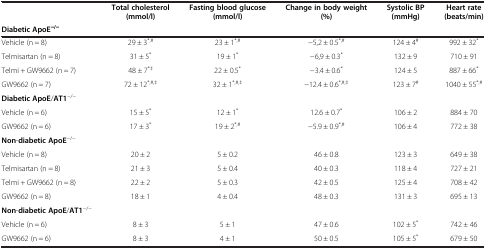
|  | Total cholesterol (mmol/l) | Fasting blood glucose (mmol/l) | Change in body weight (%) | Systolic BP (mmHg) | Heart rate (beats/min) |
 | Diabetic ApoE−/− |  |  |  |  |  |
 | --- | --- | --- | --- | --- | --- |
 | Vehicle (n = 8) | 29 ± 3*,# | 23 ± 1*,# | −5,2 ± 0.5*,# | 124 ± 4# | 992 ± 32* |
 | Telmisartan (n = 8) | 31 ± 5* | 19 ± 1* | −6,9 ± 0.3* | 132 ± 9 | 710 ± 91 |
 | Telmi + GW9662 (n = 7) | 48 ± 7*‡ | 22 ± 0.5* | −3.4 ± 0.6* | 124 ± 5 | 887 ± 66* |
 | GW9662 (n = 7) | 72 ± 12*,#,‡ | 32 ± 1*,#,‡ | −12.4 ± 0.6*,#,‡ | 123 ± 7# | 1040 ± 55*,# |
 | Diabetic ApoE/AT1−/− |  |  |  |  |  |
 | Vehicle (n = 6) | 15 ± 5* | 12 ± 1* | 12.6 ± 0.7* | 106 ± 2 | 884 ± 70 |
 | GW9662 (n = 6) | 17 ± 3* | 19 ± 2*,# | −5.9 ± 0.9*,# | 106 ± 4 | 772 ± 38 |
 | Non-diabetic ApoE−/− |  |  |  |  |  |
 | Vehicle (n = 8) | 20 ± 2 | 5 ± 0.2 | 46 ± 0.8 | 123 ± 3 | 649 ± 38 |
 | Telmisartan (n = 8) | 21 ± 3 | 5 ± 0.4 | 40 ± 0.3 | 118 ± 4 | 727 ± 21 |
 | Telmi + GW9662 (n = 8) | 22 ± 2 | 5 ± 0.3 | 42 ± 0.5 | 125 ± 4 | 708 ± 42 |
 | GW9662 (n = 8) | 18 ± 1 | 4 ± 0.4 | 48 ± 0.3 | 131 ± 3 | 695 ± 13 |
 | Non-diabetic ApoE/AT1−/− |  |  |  |  |  |
 | Vehicle (n = 6) | 8 ± 3 | 5 ± 1 | 47 ± 0.6 | 102 ± 5* | 742 ± 46 |
 | GW9662 (n = 6) | 8 ± 3 | 4 ± 1 | 50 ± 0.5 | 105 ± 5* | 679 ± 50 |